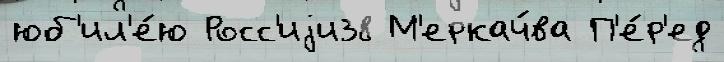
юб'ил'е́ю Росс'иjи38 М'еркач́ва П'е́р'ед